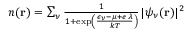
\begin{array} { r } { n ( \mathbf { r } ) = \sum _ { \nu } \frac { 1 } { 1 + \exp \left( \frac { \epsilon _ { \nu } - \mu + e \, \lambda } { k T } \right) } \, | \psi _ { \nu } ( \mathbf { r } ) | ^ { 2 } } \end{array}